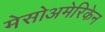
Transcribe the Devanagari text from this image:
मेसोअमेरिकेन